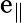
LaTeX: \mathrm{e}_{\parallel}